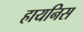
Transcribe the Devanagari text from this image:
हायनिस